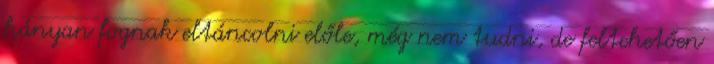
hányan fognak eltáncolni előle, még nem tudni, de feltehetően